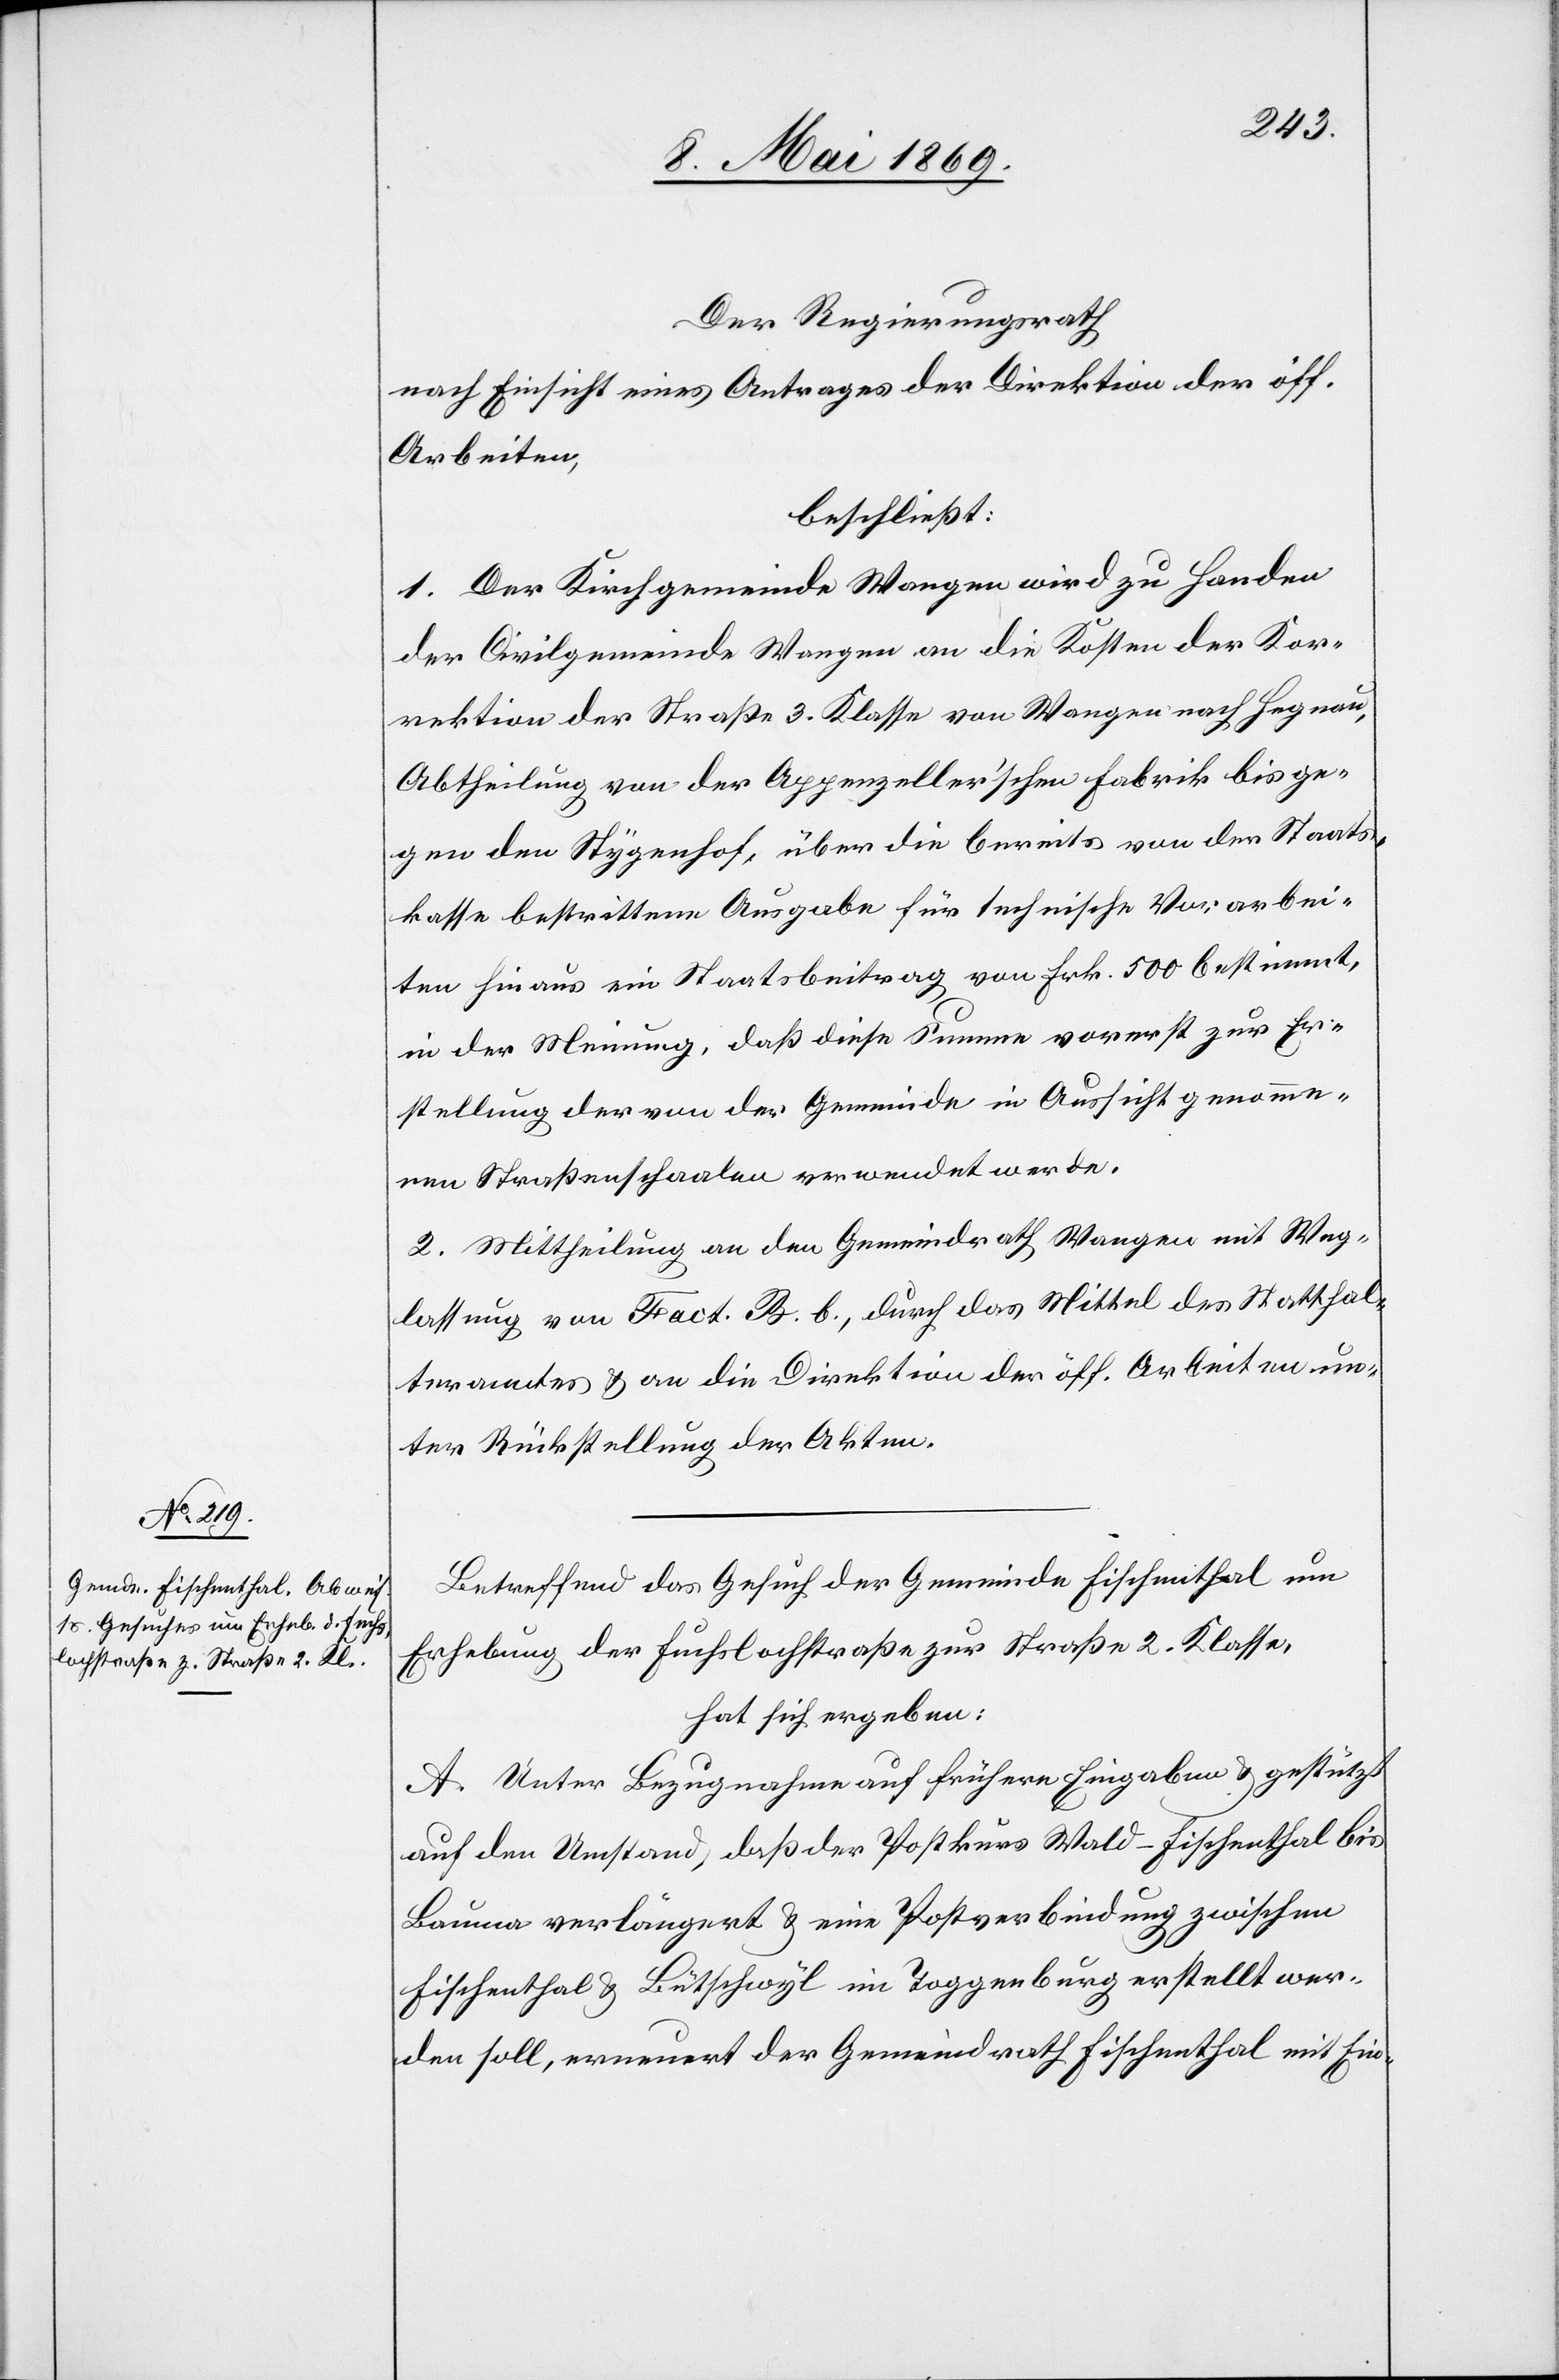
Der Regierungsrath
nach Einsicht eines Antrages der Direktion der öff.
Arbeiten,
beschließt:
1. Der Kirchgemeinde Wangen wird zu Handen
der Civilgemeinde Wangen an die Kosten der Kor¬
rektion der Straße 3. Klasse von Wangen nach Hegnau,
Abtheilung von der Appenzeller’schen Fabrik bis ge¬
gen den Stygerhof, über die bereits von der Staats¬
kasse bestrittenen Ausgabe für technische Vorarbei¬
ten hinaus ein Staatsbeitrag von Frk. 500 bestimmt,
in der Meinung, daß diese Summe vorerst zur Er¬
stellung der von der Gemeinde in Aussicht genomme¬
nen Straßenschaalen verwendet werden.
2. Mittheilung an den Gemeindrath Wangen mit Weg¬
lassung von Fact. B b., durch das Mittel des Statthal¬
teramtes u. an die Direktion der öff. Arbeiten un¬
ter Rückstellung der Akten.
Betreffend das Gesuch der Gemeinde Fischenthal um
Erhebung der Fuchslochstraße zur Straße 2. Klasse,
hat sich ergeben:
A. Unter Bezugnahme auf frühere Eingaben u. gestützt
auf den Umstand, daß der Postkurs Wald-Fischenthal bis
Bauma verlängert u. eine Postverbindung zwischen
Fischenthal u. Bütschwyl in Toggenburg erstellt wer¬
den soll, erneuert der Gemeindrath Fischenthal mit